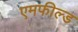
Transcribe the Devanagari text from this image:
एमफील्ड